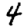
Digit: 4